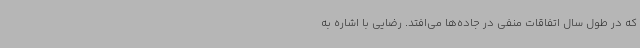
که در طول سال اتفاقات منفی در جاده‌ها می‌افتد. رضایی با اشاره به